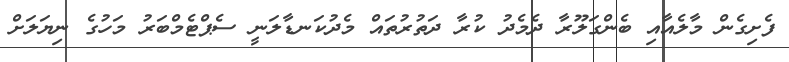
ފެށިގެން މާލެއާއި ބެންގަލޫރާ ދެމެދު ކުރާ ދަތުރުތައް މެދުކަނޑާލަނީ ސެޕްޓެމްބަރު މަހުގެ ނިޔަލަށް